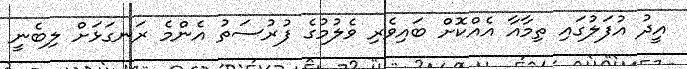
އީދު އުފަލުގައި ތިމާއާ އެއްކޮށް ބައިވެރި ވެލުމުގެ ފުރުސަތު އެންމެ ރަނގަޅަށް ލިބެނީ